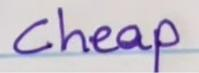
Cheap